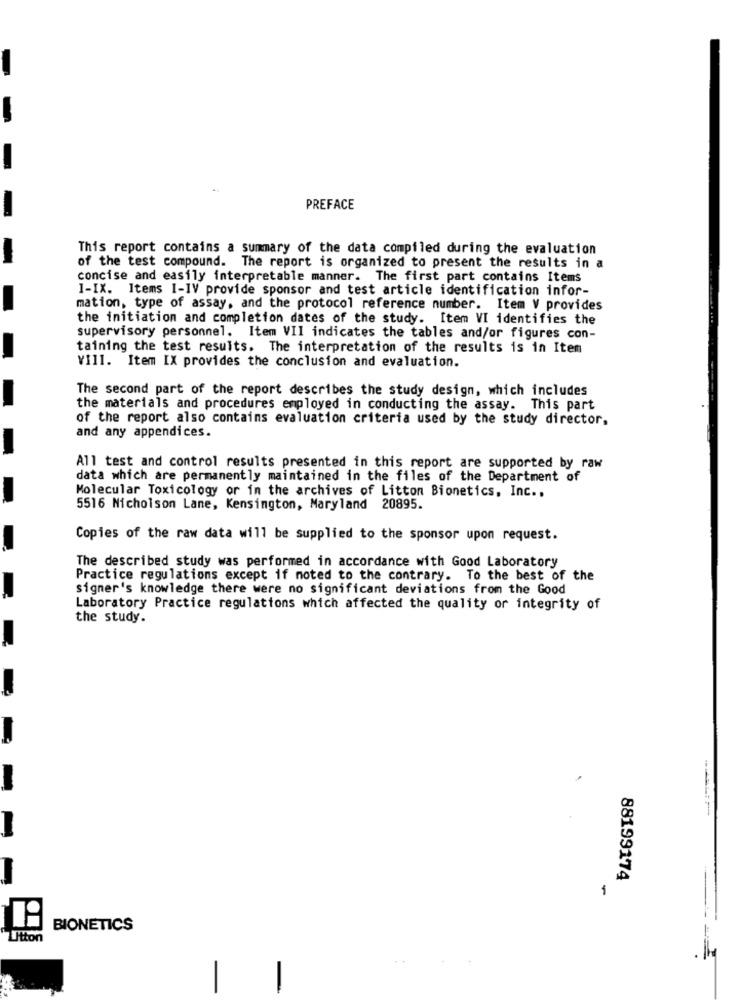
-
PREFACE
This report contains a summary of the data compiled during the evaluation
-
of the test compound. The report is organized to present the results in a
concise and easily interpretable manner. The first part contains Items
1-IX. Items I-IV provide sponsor and test article identification infor-
mation, type of assay, and the protocol reference number. Item V provides
the initiation and completion dates of the study. Item VI identifies the
supervisory personnel. Item VII indicates the tables and/or figures con-
taining the test results. The interpretation of the results is in Item
VIII. Item IX provides the conclusion and evaluation.
The second part of the report describes the study design, which includes
the materials and procedures employed in conducting the assay. This part
of the report also contains evaluation criteria used by the study director.
and any appendices.
All test and control results presented in this report are supported by raw
data which are permanently maintained in the files of the Department of
Molecular Toxicology or in the archives of Litton Bionetics, Inc ..
5516 Nicholson Lane, Kensington, Maryland 20895.
Copies of the raw data will be supplied to the sponsor upon request.
The described study was performed in accordance with Good Laboratory
Practice regulations except if noted to the contrary. To the best of the
signer's knowledge there were no significant deviations from the Good
Laboratory Practice regulations which affected the quality or integrity of
the study.
88199174
1
BIONETICS
Litton
-
-